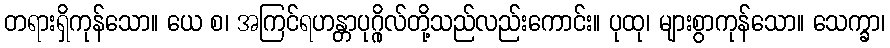
တရားရှိကုန်သော။ ယေ စ၊ အကြင်ရဟန္တာပုဂ္ဂိုလ်တို့သည်လည်းကောင်း။ ပုထု၊ များစွာကုန်သော။ သေက္ခာ၊